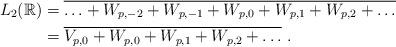
LaTeX: \begin{align*}L_{2}(\mathbb{R} ) & = \overline{ \ldots + W_{p,-2} + W_{p,-1} + W_{p,0} + W_{p,1} + W_{p,2} + \ldots } \\& = \overline{ V_{p,0} + W_{p,0} + W_{p,1} + W_{p,2} + \ldots } \ .\end{align*}